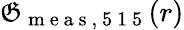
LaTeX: \mathfrak{G}_{\mathrm{{~m~e~a~s~,~5~1~5~}}}(r)